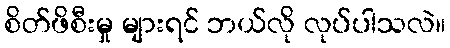
စိတ်ဖိစီးမှု များရင် ဘယ်လို လုပ်ပါသလဲ။